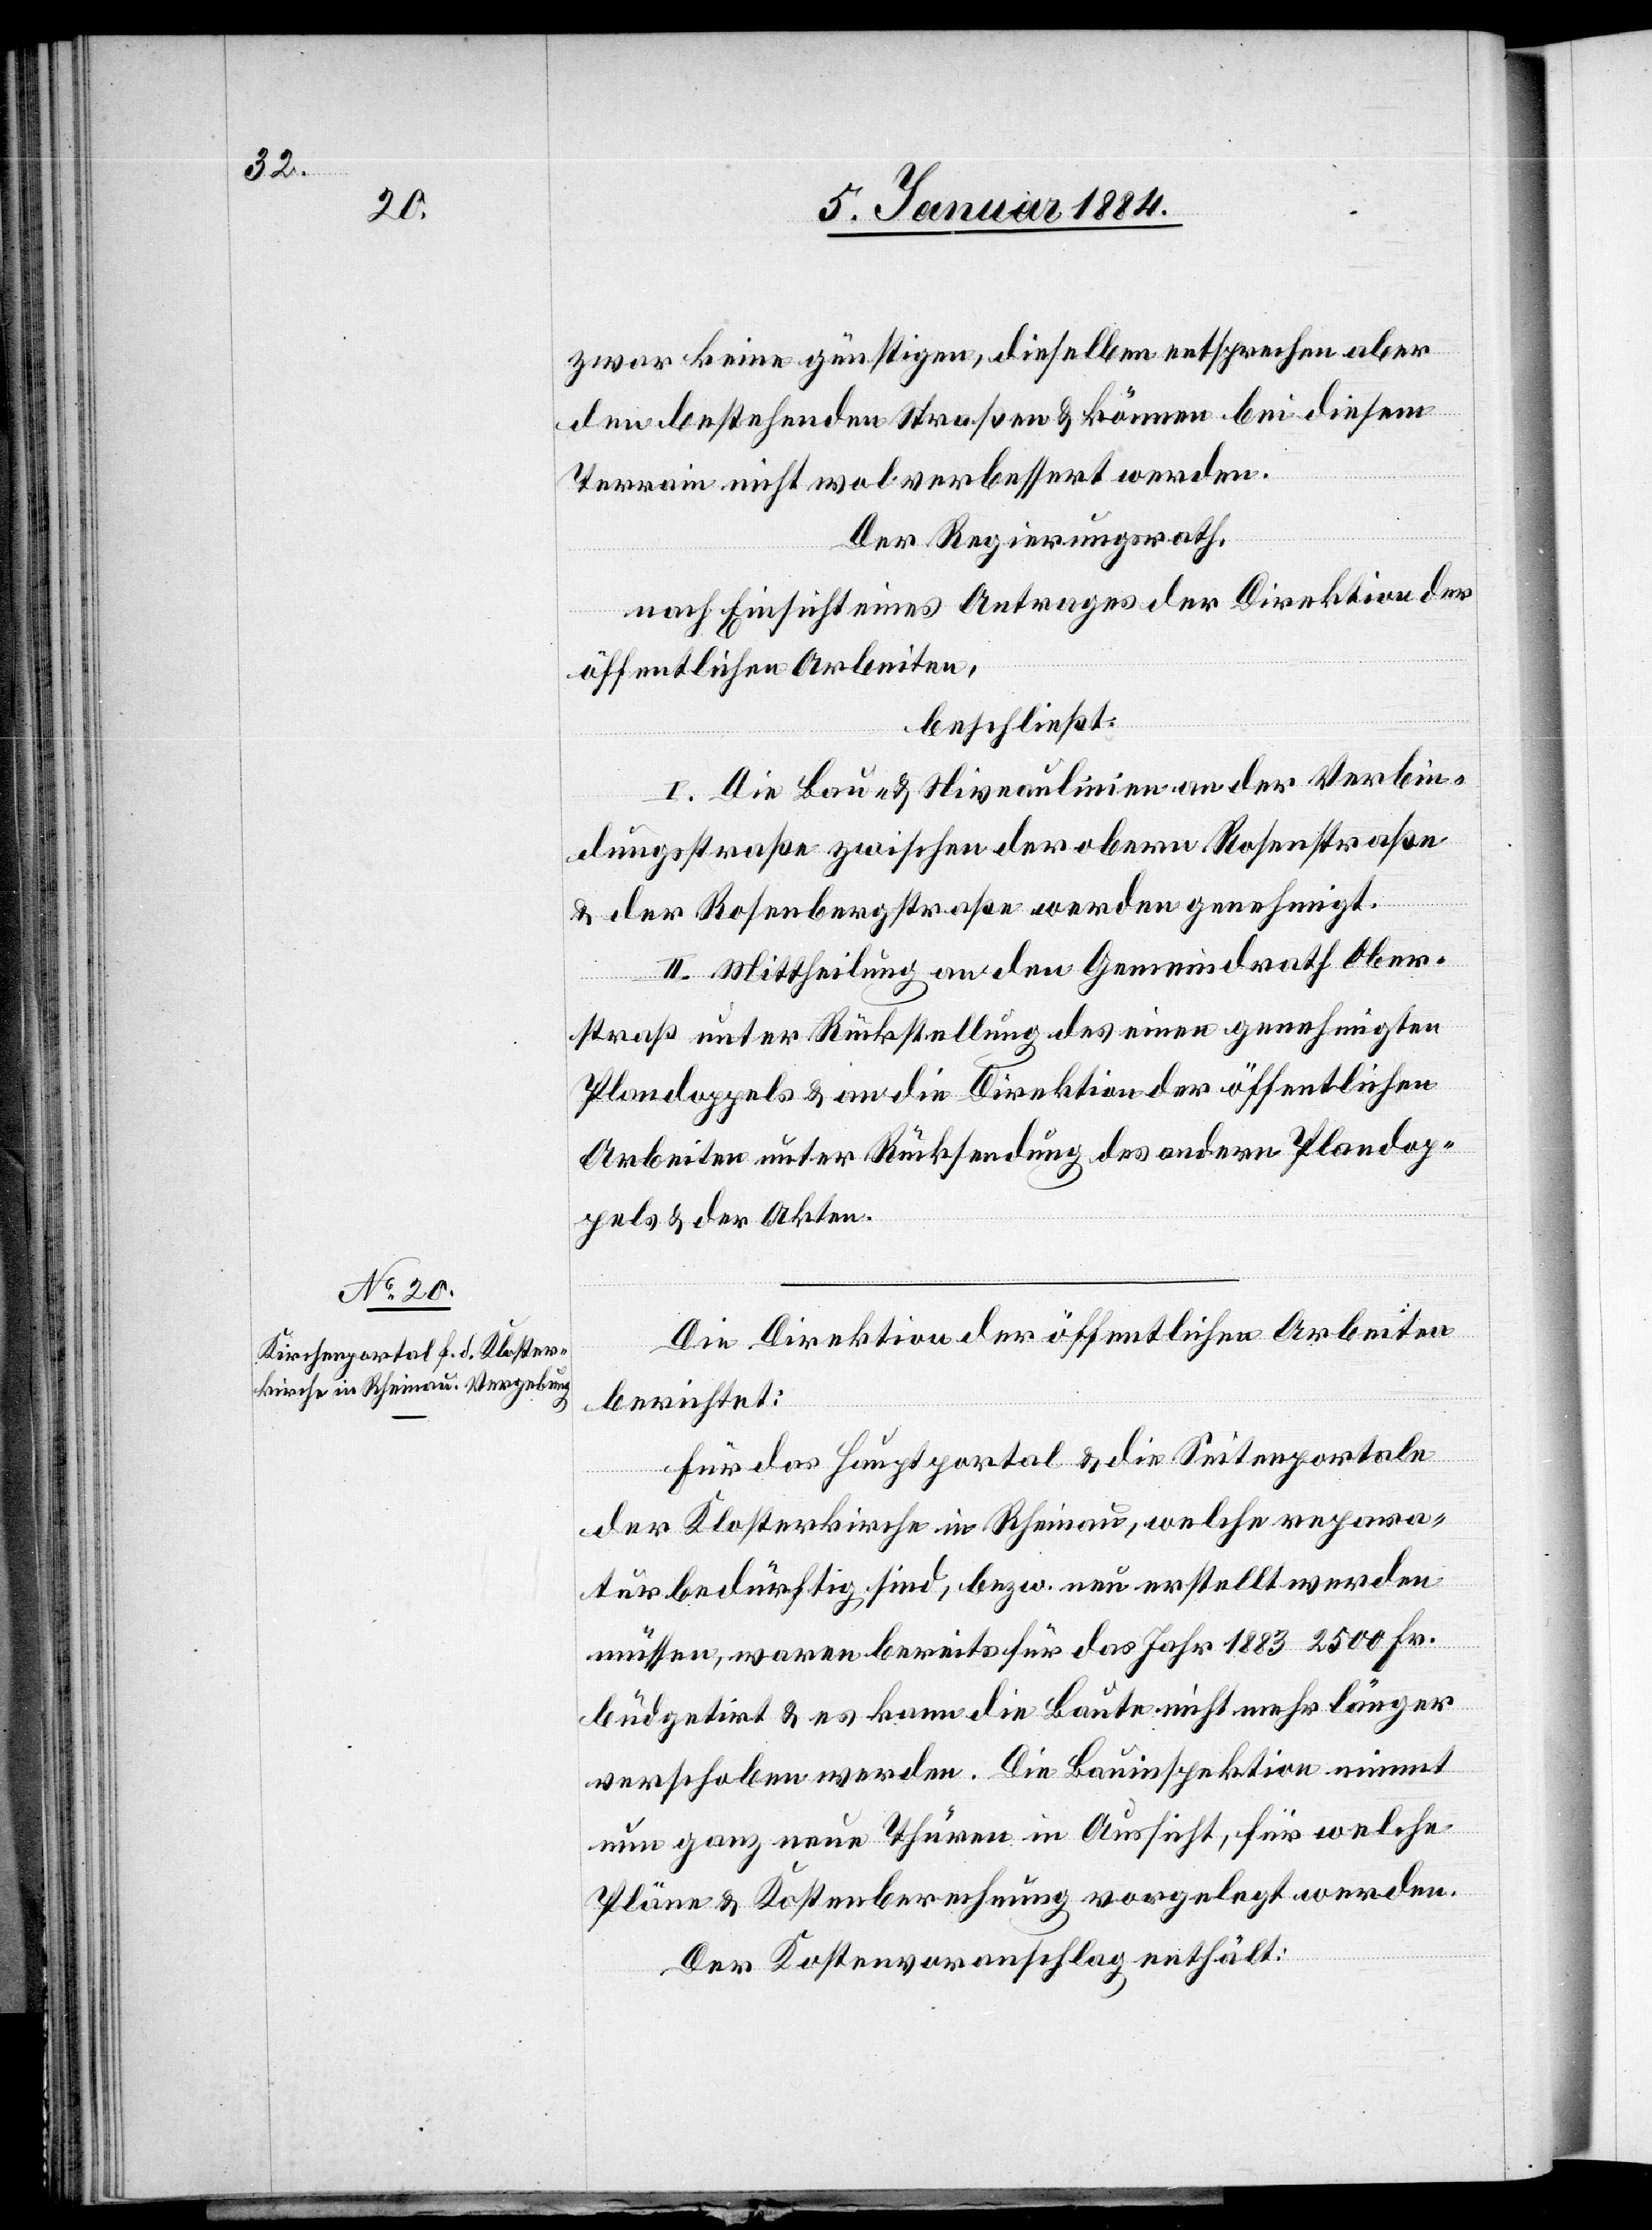
zwar keine günstigen, dieselben entsprechen aber
den bestehenden Straßen & können bei diesem
Terrain nicht wol verbessert werden.
Der Regierungsrath,
nach Einsicht eines Antrages der Direktion der
öffentlichen Arbeiten,
beschließt:
I. Die Bau- & Niveaulinien an der Verbin¬
dungsstraße zwischen der obern Rosenstraße
& der Rosenbergstraße werden genehmigt.
II. Mittheilung an den Gemeindrath Ober¬
straß unter Rückstellung des einen genehmigten
Plandoppels & an die Direktion der öffentlichen
Arbeiten unter Rücksendung des andern Plandop¬
pels & der Akten.
Die Direktion der öffentlichen Arbeiten
berichtet:
Für das Hauptportal & die Seitenportale
der Klosterkirche in Rheinau, welche repara¬
turbedürftig sind, bzw. neu erstellt werden
müssen, waren bereits für das Jahr 1883 2500 Fr.
büdgetirt & es kann die Baute nicht mehr länger
verschoben werden. Die Bauinspektion nimmt
nun ganz neue Thüren in Aussicht, für welche
Pläne & Kostenberechnung vorgelegt werden.
Der Kostenvoranschlag enthält: